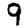
Digit: 9